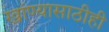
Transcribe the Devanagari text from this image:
खांण्यासाठीही